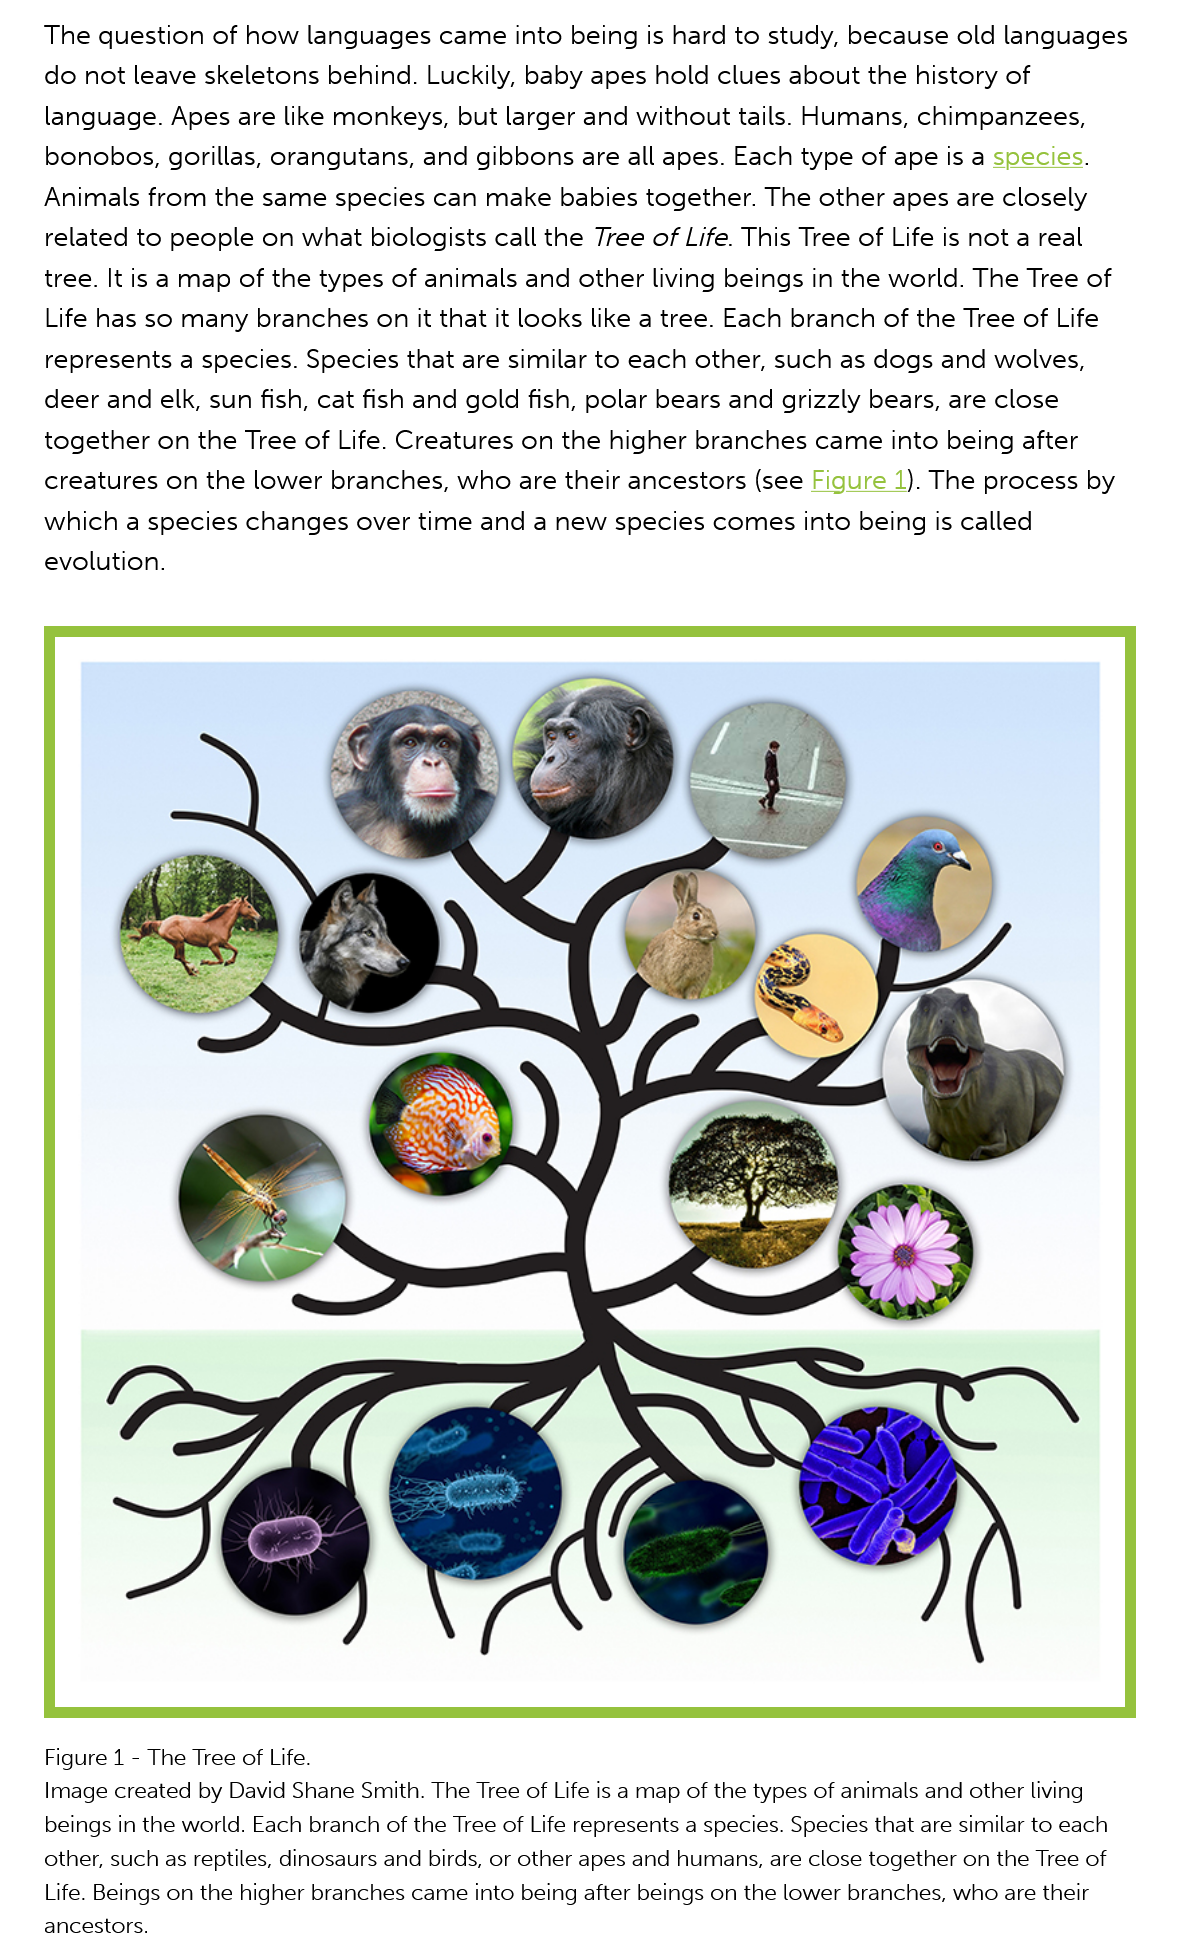
The  question of how  languages  came into  being is hard to study, because old languages
    do  not leave skeletons behind. Luckily, baby apes hold clues about the  history of
    language.  Apes are like monkeys,  but larger and without tails. Humans, chimpanzees,
    bonobos, gorillas, orangutans,  and gibbons are  all apes. Each type of ape is a species.
    Animals  from the same  species can  make  babies together. The  other apes are closely
    related to people on  what biologists call the Tree of Life. This Tree of Life is not a real
    tree. It is a map of the types of animals and other living beings in the world. The Tree of
    Life has so many  branches on it that it looks like a tree. Each branch of the Tree of Life
    represents  a species. Species that are similar to each other, such as dogs and wolves,
    deer and  elk, sun fish, cat fish and gold fish, polar bears and grizzly bears, are close
    together  on the Tree of Life. Creatures on the higher branches came into  being after
    creatures on  the lower branches, who are  their ancestors (see Figure  1). The process by
    which  a species changes  over time and  a new  species comes into  being is called
    evolution.
    Figure 1
     -
     The Tree of Life.
    Image created by David Shane Smith. The Tree of Life is a map of the types of animals and other living
    beings in the world. Each branch of the Tree of Life represents a species. Species that are similar to each
    other, such as reptiles, dinosaurs and birds, or other apes and humans, are close together on the Tree of
    Life. Beings on the higher branches came into being after beings on the lower branches, who are their
    ancestors.